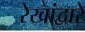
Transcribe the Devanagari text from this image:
रेखांद्वारे